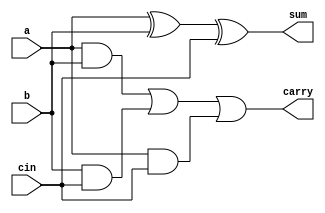
module FullAdder (a,b,cin,sum,carry);
input a , b , cin ;
output sum , carry ;
    assign sum = a ^ b ^ cin ;
    assign carry = ( a & b ) | ( b & cin ) | ( a & cin ) ;
endmodule